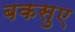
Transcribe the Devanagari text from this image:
बकसुए